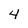
Character: 4